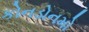
કોનડોનમો